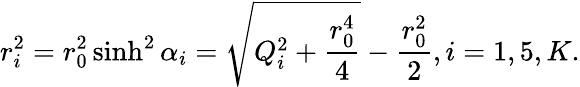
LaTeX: r_{i}^{2}=r_{0}^{2}\sinh^{2}\alpha_{i}=\sqrt{Q_{i}^{2}+{\frac{r_{0}^{4}}{4}}}-{\frac{r_{0}^{2}}{2}},i=1,5,K.